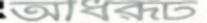
অধিরূঢ